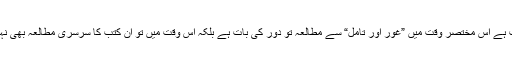
ظاہری سی بات ہے اس مختصر وقت میں ”غور اور تامل“ سے مطالعہ تو دور کی بات ہے بلکہ اس وقت میں تو ان کتب کا سرسری مطالعہ بھی نہیں ہو سکتا ہے۔